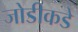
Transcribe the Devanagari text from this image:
जोडीकडे